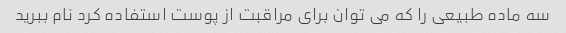
سه ماده طبیعی را که می توان برای مراقبت از پوست استفاده کرد نام ببرید